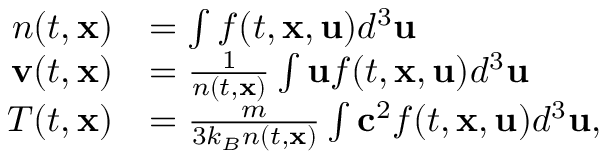
\begin{array} { r l } { n ( t , \mathbf { x } ) } & { = \int f ( t , \mathbf { x } , \mathbf { u } ) d ^ { 3 } \mathbf { u } } \\ { \mathbf { v } ( t , \mathbf { x } ) } & { = \frac { 1 } { n ( t , \mathbf { x } ) } \int \mathbf { u } f ( t , \mathbf { x } , \mathbf { u } ) d ^ { 3 } \mathbf { u } } \\ { T ( t , \mathbf { x } ) } & { = \frac { m } { 3 k _ { B } n ( t , \mathbf { x } ) } \int \mathbf { c } ^ { 2 } f ( t , \mathbf { x } , \mathbf { u } ) d ^ { 3 } \mathbf { u } , } \end{array}